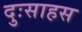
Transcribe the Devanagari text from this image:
दुःसाहस